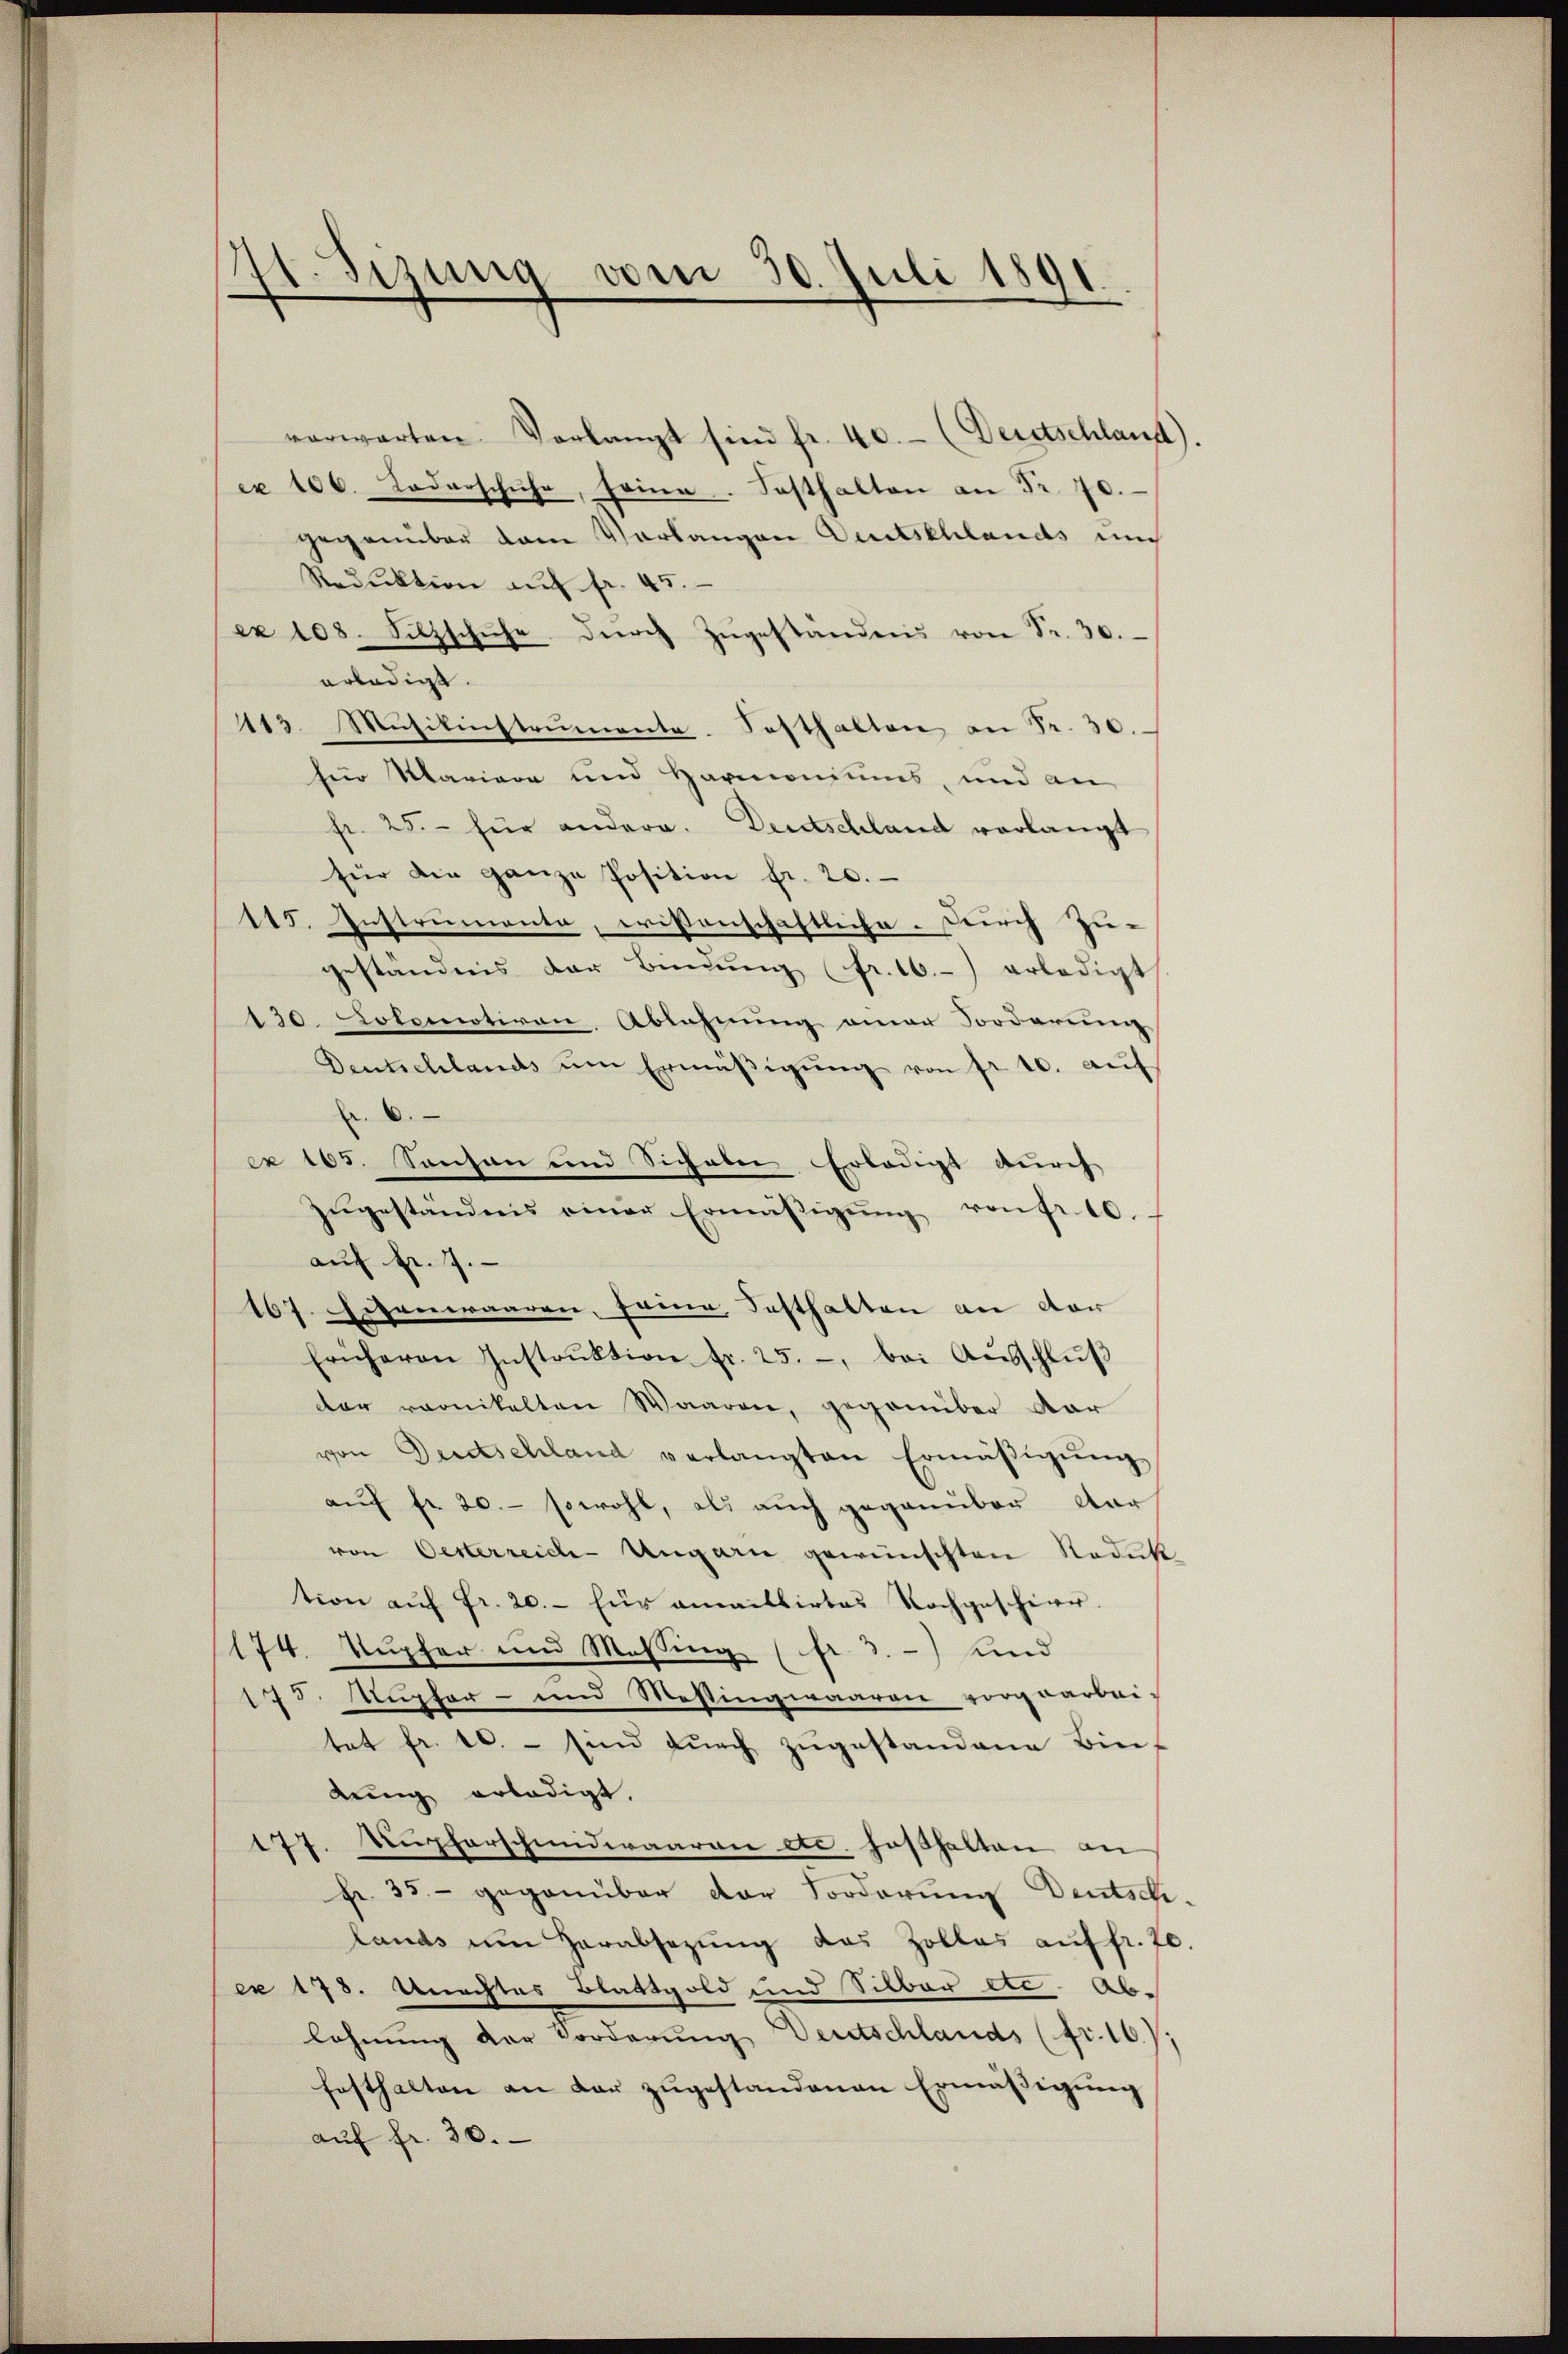
Sizung vom 30. Juli 1891.

verwarten Vorlangt sind fr. 40.- (Deretschland).
cx 406. Lederschuhe, seine. Sosthalten an Fr. 70.
gegenüber dem Verlangen Deutschlands und
Reduktion auf fr. 45.
ex 108. Silzschuhe dŭrch Zŭgeständnis von Fr. 30.
erledigt.
113. Mŭsikinstrumente Festhalten an Fr. 30.
für Mariara und Harmoniums, und an
fr. 25. für andern. Deutschland verlangt
für die ganze Position fr. 20.
115. Instrumente, wissenschaftliche. Durch Zu-
geständnis der Bindŭng (fr. 16. erledigt
130. Kotomotivon. Ablehnung einer Forderung
Deutschlands ŭm Ermäβigŭng von fr. 10. aŭf
fr. 6.
ex 165. Sensau und Sichalen Erledigt durch
zŭgeständnis einer Ermäßigŭng von Fr. 10.
aŭf Fr. 7.
167. Eisenwaaren, seine Festhalten an der
früheren Instrŭktion fr. 25. - bei Aŭsschlŭβ
der raonikalten Waaren, gegenüber dar
von Deutschland verlangten Ermäβigŭng
aŭf fr. 20.- sowohl, als auch gegenüber dar
von Oesterreiche Ungarn gewünschten Reduk
tion aŭf Fr. 20.- für anaillirtes Nachgeschien.
174. Kupfer und Messing (fr 3) und
175. Ausfer- und Messingwaaren vorgearbei-
tet fr. 10. – sind durch zugestandene Bindung erledigt.
Kupferschendwaaren etc. Fasthalten an
d
fr. 35 - gegenüber der Forderung Deutsch-
lands um Herabsezung das Zollas auf fr. 70.
ex 178. Unachtes Blattgold und Silber etc. Ablohnung der Forderung Deutschlands (fr. 16),
festhalten an der zŭgestandenen Ermäβigŭng
aŭf fr. 30.